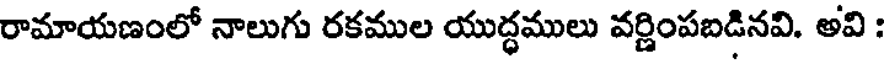
రామాయణంలో నాలుగు రకముల యుద్ధములు వర్ణింపబడినవి. అవి :